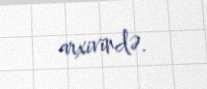
arxivində.